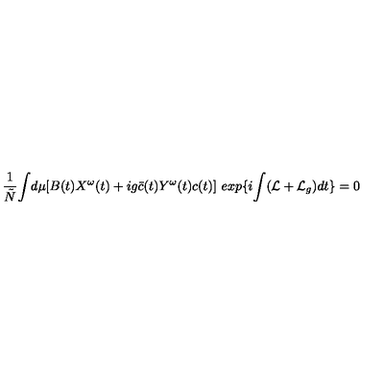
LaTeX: \frac { 1 } { \tilde { N } } { \int } d \mu [ B ( t ) X ^ { \omega } ( t ) + i g \bar { c } ( t ) Y ^ { \omega } ( t ) c ( t ) ] \ e x p \{ i { \int } ( { \cal L } + { \cal L } _ { g } ) d t \} = 0